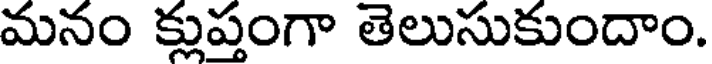
మనం క్లుప్తంగా తెలుసుకుందాం.